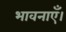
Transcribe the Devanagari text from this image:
भावनाएँ।